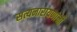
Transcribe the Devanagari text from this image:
सत्यनारायणांनी